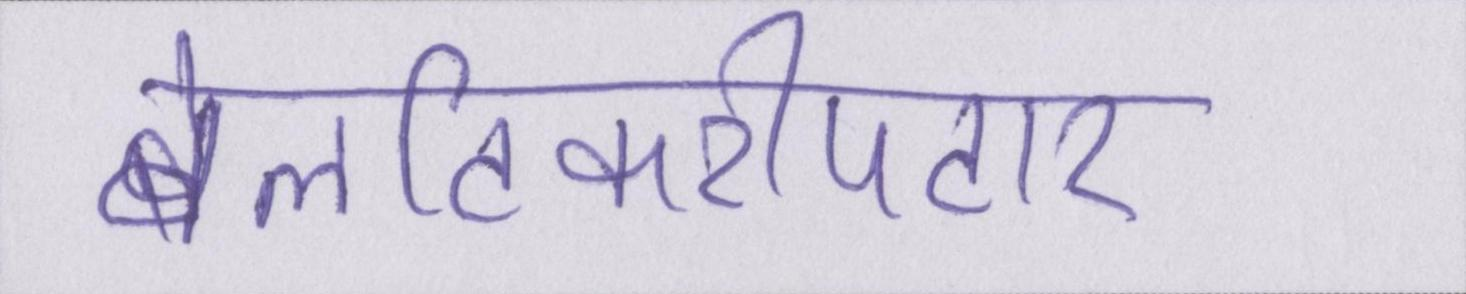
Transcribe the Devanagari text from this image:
बेलटिकरीपटार